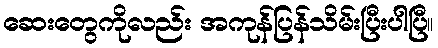
ဆေးတွေကိုလည်း အကုန်ပြန်သိမ်းပြီးပါပြီ။